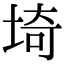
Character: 埼